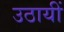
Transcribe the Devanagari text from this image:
उठायीं